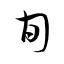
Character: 旬